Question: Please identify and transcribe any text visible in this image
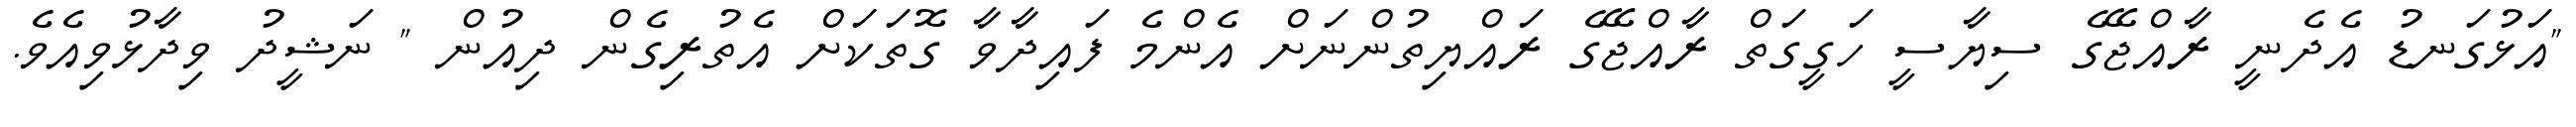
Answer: "އަޅުގަނޑު އެދެނީ ރާއްޖޭގެ ސިޔާސީ ހަގީގަތް ރާއްޖޭގެ ރައްޔިތުންނަށް އެންމެ ފައިދާވާ ގޮތަކަށް އެތުރިގެން ދިއުން " ނަޝީދު ވިދާޅުވިއެވެ.